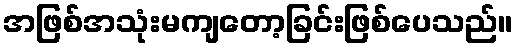
အဖြစ်အသုံးမကျတော့ခြင်းဖြစ်ပေသည်။